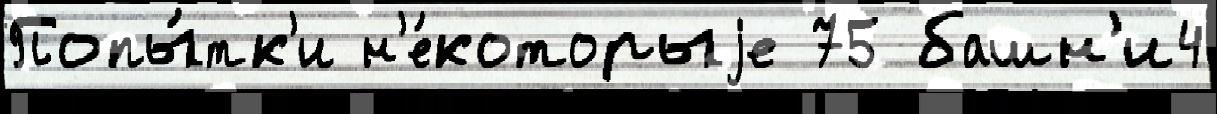
Попы́тк'и н'е́которыjе 75 башн'и4